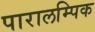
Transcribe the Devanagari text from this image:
पारालम्पिक